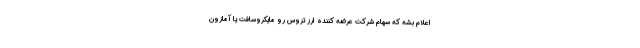
اعلام بشه که سهام شرکت عرضه کننده ارز تزوس رو مایکروسافت یا آمازون